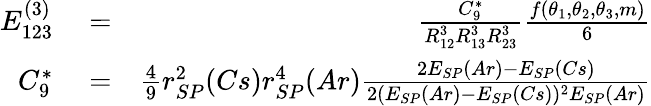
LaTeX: \begin{array}{rlr}{E_{123}^{(3)}}&{{}=}&{\frac{C_{9}^{*}}{R_{12}^{3}R_{13}^{3}R_{23}^{3}}\frac{f(\theta_{1},\theta_{2},\theta_{3},m)}{6}}\\ {C_{9}^{*}}&{{}=}&{\frac{4}{9}r_{SP}^{2}(Cs)r_{SP}^{4}(Ar)\frac{2E_{SP}(Ar)-E_{SP}(Cs)}{2(E_{SP}(Ar)-E_{SP}(Cs))^{2}E_{SP}(Ar)}}\end{array}